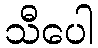
သီပေါ